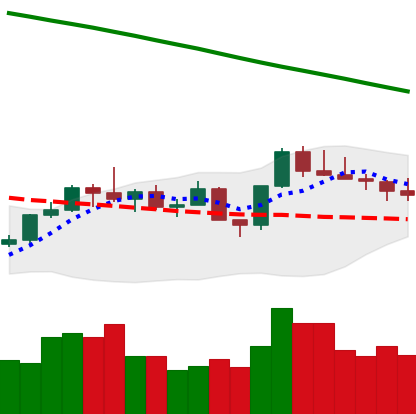
Ticker: LTC-USD
Chart end date: 2022-08-03
Forward return: 8.281%
Label: up_7plus